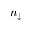
n _ { \downarrow }